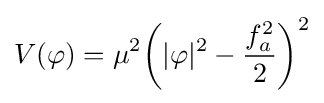
V(\varphi )=\mu ^{2}{\bigg (}|\varphi |^{2}-{\frac {f_{a}^{2}}{2}}{\bigg )}^{2}